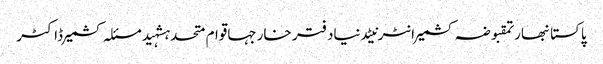
پاکستانبھارتمقبوضہ کشمیرانٹرنیٹدنیادفتر خارجہاقوام متحدہشہیدمسئلہ کشمیرڈاکٹر